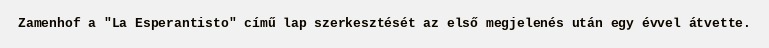
Zamenhof a "La Esperantisto" című lap szerkesztését az első megjelenés után egy évvel átvette.